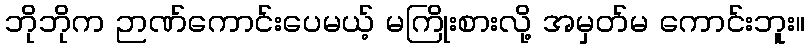
ဘိုဘိုက ဉာဏ်ကောင်းပေမယ့် မကြိုးစားလို့ အမှတ်မ ကောင်းဘူး။